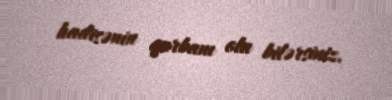
hadisənin qurbanı ola bilərsiniz.